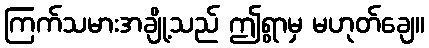
ကြက်သမားအချို့သည် ဤရွာမှ မဟုတ်ချေ။